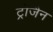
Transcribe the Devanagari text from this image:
ट्रोजैन